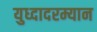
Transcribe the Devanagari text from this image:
युध्दादरम्यान